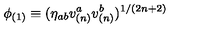
\phi _ { ( 1 ) } \equiv ( \eta _ { a b } v _ { ( n ) } ^ { a } v _ { ( n ) } ^ { b } ) ^ { 1 / ( 2 n + 2 ) }